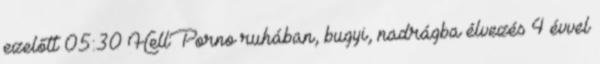
ezelőtt 05:30 HellPorno ruhában, bugyi, nadrágba élvezés 4 évvel